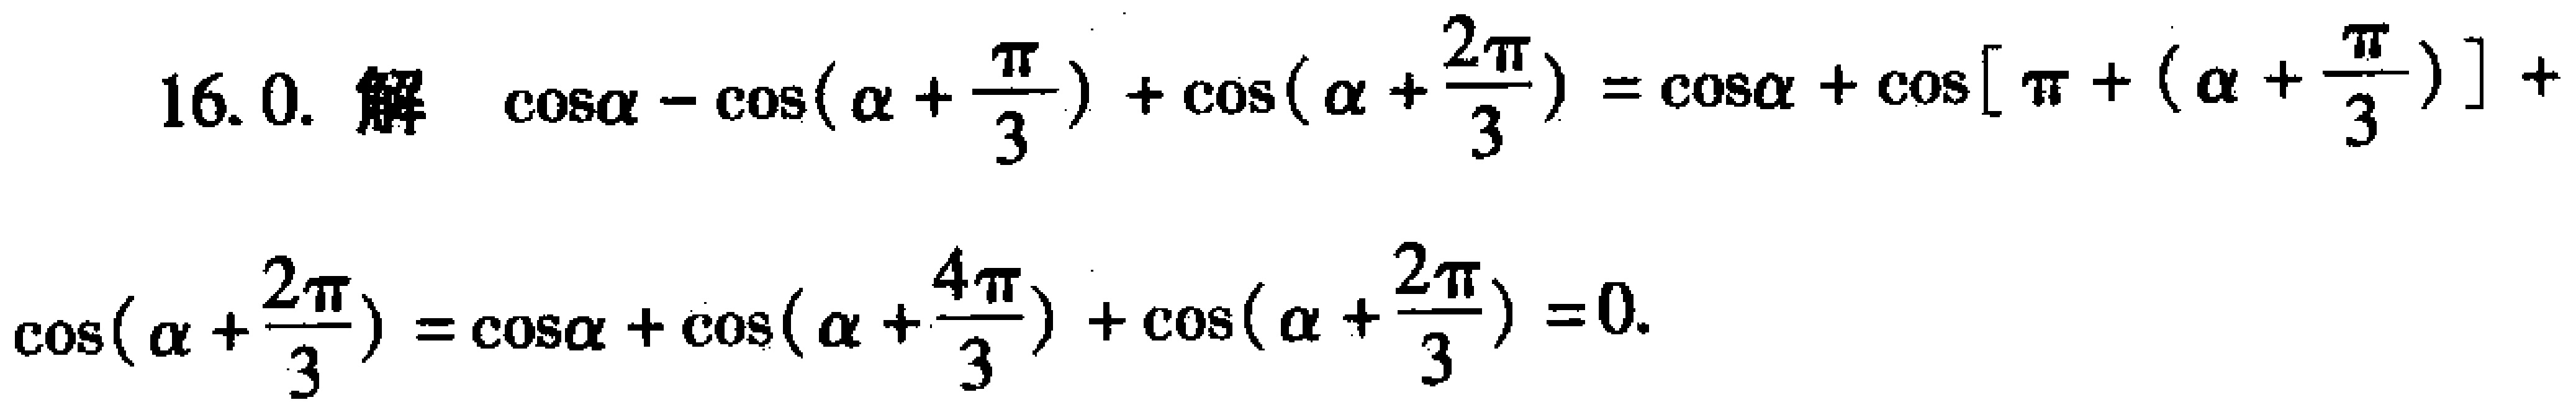
16. 0. 解 \(\cos\alpha - \cos(\alpha+\frac{\pi}{3})+\cos(\alpha + \frac{2\pi}{3})=\cos\alpha+\cos[\pi+(\alpha+\frac{\pi}{3})]+ \cos(\alpha+\frac{2\pi}{3})=\cos\alpha+\cos(\alpha+\frac{4\pi}{3})+\cos(\alpha+\frac{2\pi}{3}) = 0\).